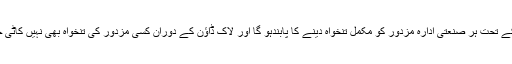
حکم نامے کے تحت ہر صنعتی ادارہ مزدور کو مکمل تنخواہ دینے کا پابندہو گا اور لاک ڈاؤن کے دوران کسی مزدور کی تنخواہ بھی نہیں کاٹی جا سکے گی۔